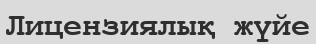
Лицензиялық жүйе